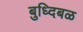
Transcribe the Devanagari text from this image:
बुध्दिबळ